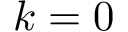
k = 0